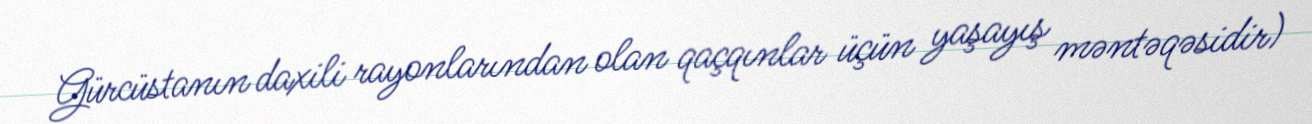
Gürcüstanın daxili rayonlarından olan qaçqınlar üçün yaşayış məntəqəsidir)